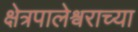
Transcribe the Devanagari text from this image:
क्षेत्रपालेश्वराच्या